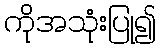
ကိုအသုံးပြု၍